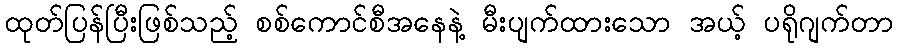
ထုတ်ပြန်ပြီးဖြစ်သည့် စစ်ကောင်စီအနေနဲ့ မီးပျက်ထားသော အယ့် ပရိုဂျက်တာ